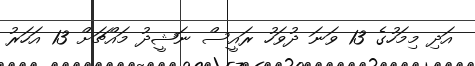
އަދި މިމަހުގެ 13 ވަނަ ދުވަހު ރައީސް ނަޝީދު މައްޗަށް 13 އަހަރު